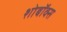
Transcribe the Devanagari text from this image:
शोबॉक्स